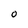
Character: O